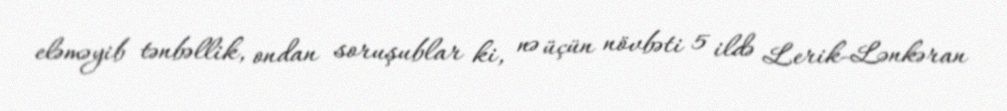
eləməyib tənbəllik, ondan soruşublar ki, nə üçün növbəti 5 ildə Lerik-Lənkəran